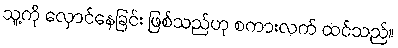
သူ့ကို လှောင်နေခြင်း ဖြစ်သည်ဟု စကားလက် ထင်သည်။